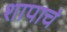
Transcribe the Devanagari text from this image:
शापाचं